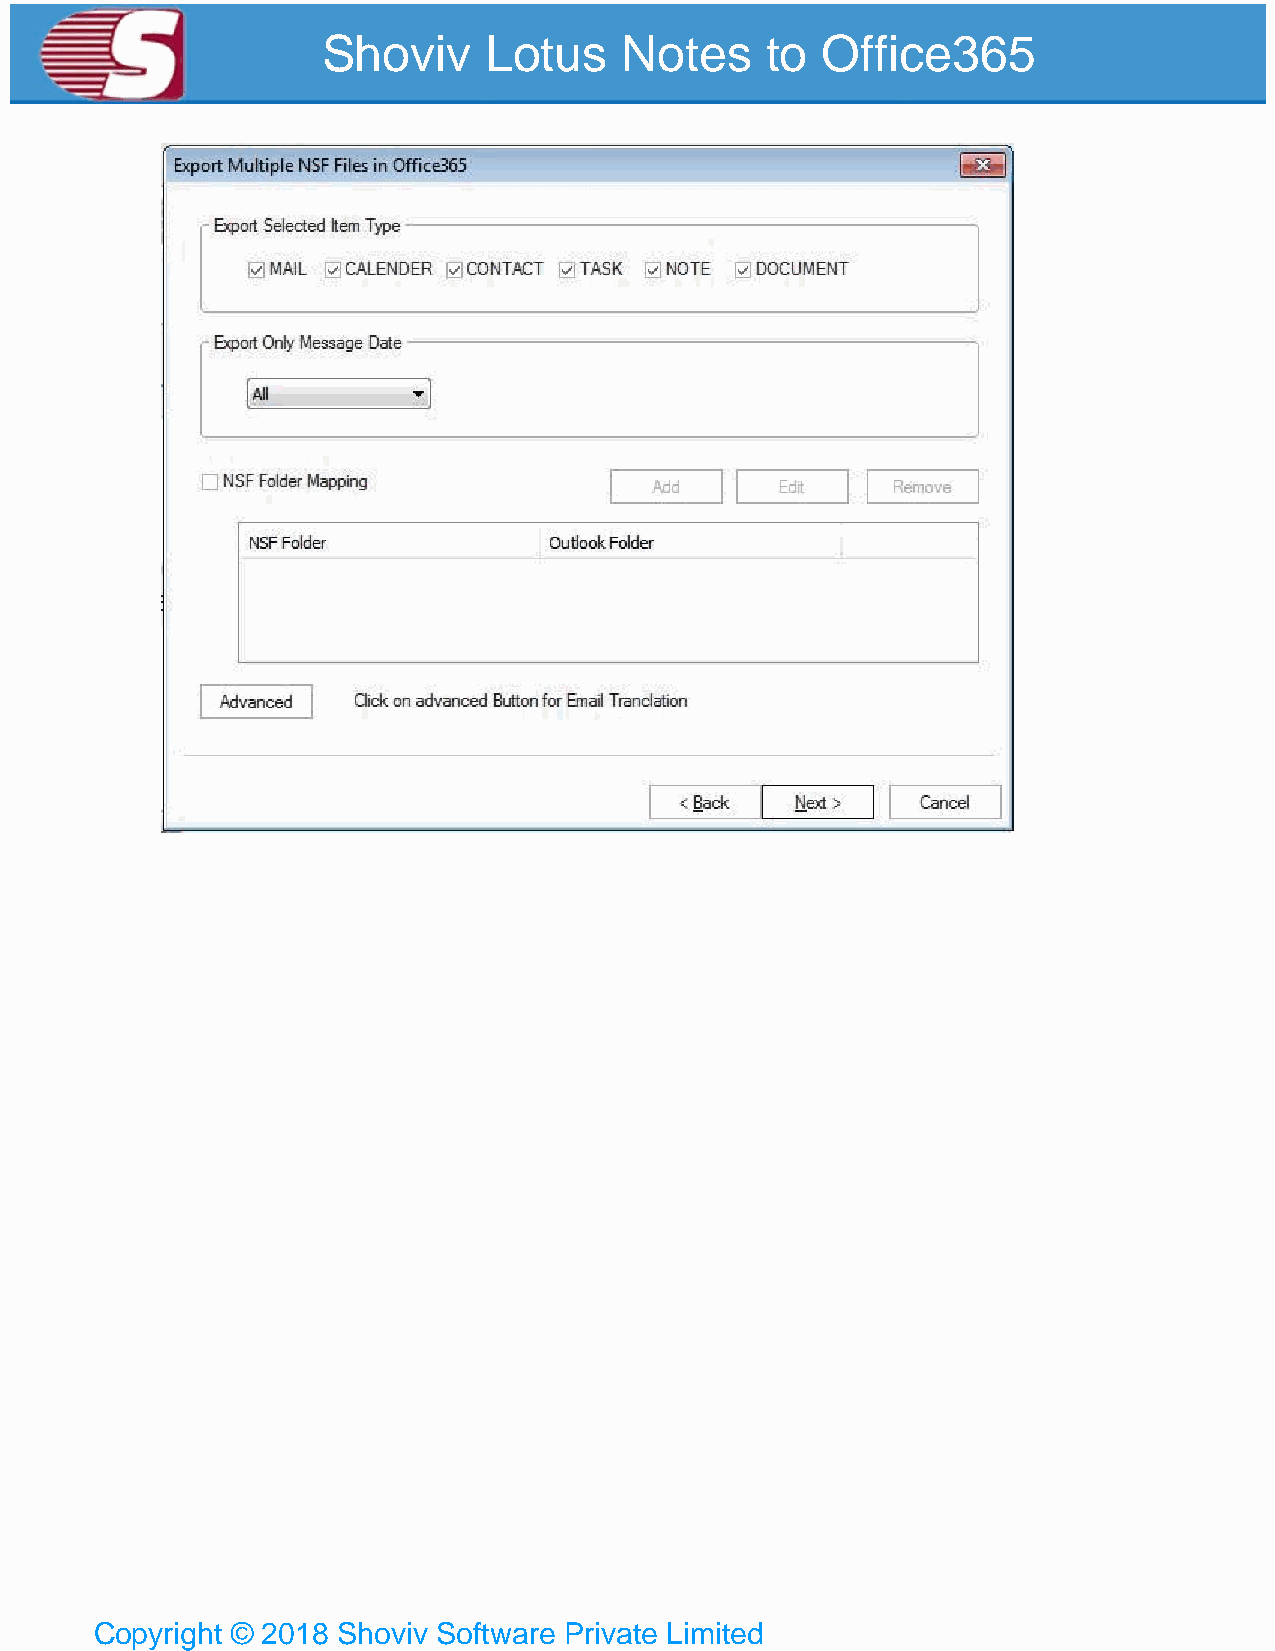
Shoviv     Lotus    Notes     to Office365
 Copyright © 2018 Shoviv Software Private Limited